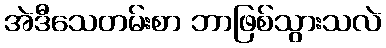
အဲဒီသေတမ်းစာ ဘာဖြစ်သွားသလဲ